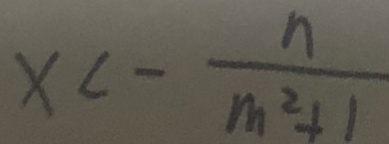
x < - \frac { n } { m ^ { 2 } + 1 }